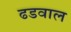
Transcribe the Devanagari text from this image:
ढडवाल